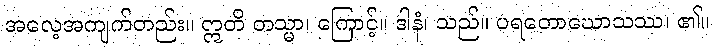
အလေ့အကျက်တည်း။ ဣတိ တသ္မာ၊ ကြောင့်။ ဒါနံ၊ သည်။ ပရတောဃောသဿ၊ ၏။